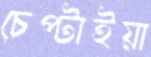
চেপ্‌টাইয়া